Heimtali_vallavalitsus, lk 75
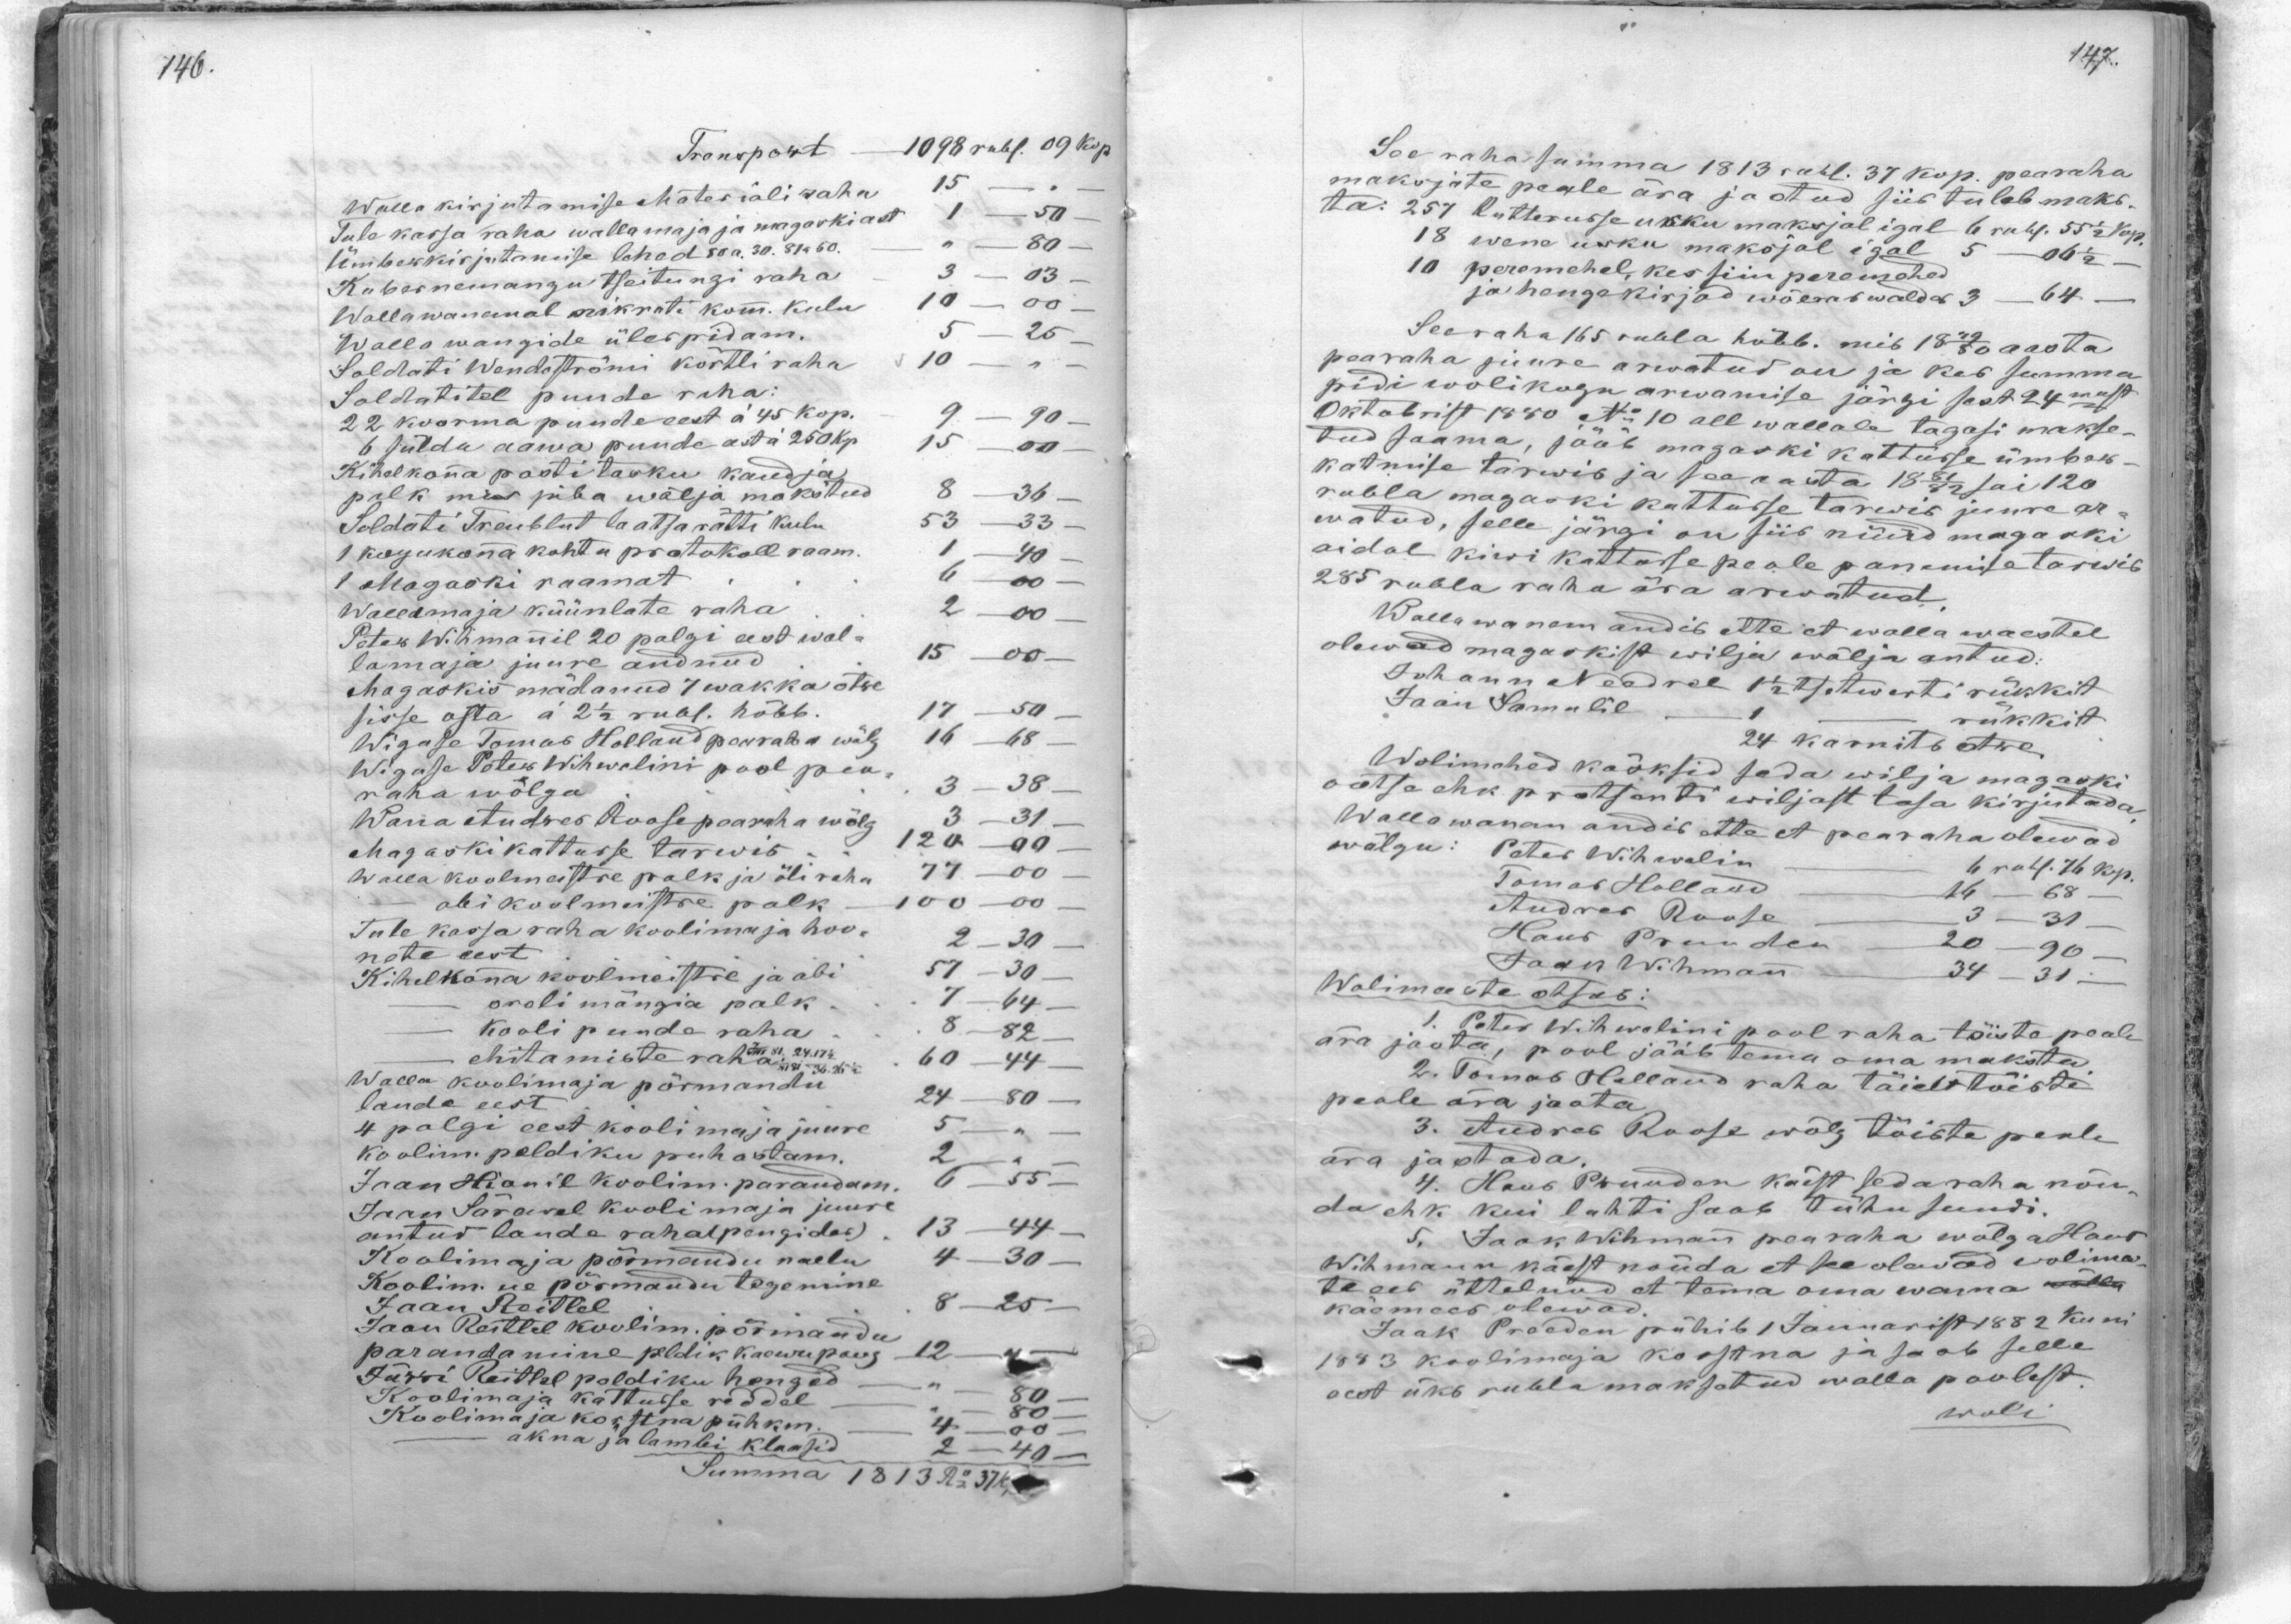
Transport - 1098 rubl. 09 kop.
Walla kirjutamise Materjali raha 15
Tule kassa raha wallamaja ja magarkiast 1 - 50
Ümbewkirjutamise lehed 50 a. 30. 81a 50. - " - 80
Kubernemangu tseitungi raha 3 - 03-
Wallawanemal rikrete kom. Kulu 10 - 00-
Walla wangide ülespidam. 5 - 25
Soldati Wendeströni kortli raha 10 " -
Soldatitel puude raha:
22 koorma puude eest á 45 kop. - 9 - 90 -
6 sülda aawa puude astu 250 kop 15 - 00-
Kihelkona posti tasku kandja
palk mis juba wälja makstud 8 - 36 -
Soldati Treublut laatsaratti kulu 53 - 33
1 kogukona kohtu pratukoll saam. 1 - 40
1 Magaski raamat  - 6 - 00
Wallamaja küünlate raha 2 -00
Peter Wihmanil 20 palgi eest wol-
lamaja juure andnud. 15 -00
Magaskis mädanud 7 wakka otse
sisse osta á 2 1/2 rubl. hõbb. 17 - 50
Wigase Tomas Holland pearaha wõlg 16 -68
Wigase Peter Wihwelini pool pea-
raha wõlga 3-38
Wana Andres Roosi pearaha wõlg 3 - 31 -
Magaski kattusse tarwis  120-00
Walla koolmeistre palk ja õliraha 77 -00
abi koolmeistre palk - 100 -00
Tule kassa raha koolimaja hoo- 2 30
nate eest
Kihelkona koolmeistre ja abi 57-30
oreli mängia palk. 7 - 44
Kooli puude raha. 8 - 82
ehitamiste raha:  60 - 44
Walla koolimaja põrmandu 24-80
lauda eest
4 palgi eest koolimaja juure 5
koolim. peldiku puhastam. 2
Jaan Hionil koolim. parandam. 6 - 55
Jaan Särawel koolimaja juure
antud laude raha (pengides), 13 - 44-
Koolimaja põrmandu naelu 4-30
Koolim. ue põrmandu tegemine
Jaan Reitlel 8 - 25
Jaan Reitlel koolim. põrmandu
parandamine pedik kaewupang 12
Jürri Reitlel poldiku henged - " 80 -
Koolimaja kattusse reddel - " - 80 "
Koolimaja kostina pühkm. - 4 - 00
akna ja lambi klassid 2 - 40
Summa 1813 Rub 37 k.

See raha summa 1813 rubl. 37 kop. pearaha
maksjate peale ära jottud siis tuleb maks-
ta: 257 lutterusse usku maksjal igal 6 rubl. 55 1/2 kop.
18 wene usku maksjal igal 5 - 10 1/2
10 peremehel, kes siin peremehed
ja hengekirjad wõeraswaldas 3 - 64-
See raha 165 rubla hõbb. mis 1879/80 aasta
pearaha juure arwatud on ja kes summa
pidi wolikogu arwamise järgi sest 24mast
Oktobrist 1880 No: 10 all wallale tagasi makse-
tud saama, jääb magaski kattusse ümber-
katmise tarwis ja see aasta 1881/82 sai 120
rubla magaski kattusse tarwis juure ar-
watud, selle järgi on siis nüüd magaski
aidal kiwi kattusse peale panemise tarwis
285 rubla raha ära arvatud.
Wallawanem andib ette et walla waestel
olewad magaskist wilja wälja antud:
Johann Needrel 1 1/2 tsetwerti rükkit
Jaan Saamulil 1 rükkit
24 karnits otre
Wolimehed käsksid seda wilja magaski
ootse ehk protsanti wiljast tasa kirjutada
Wallawanam andis ette et pearaha olewad
wõlgu: Peter Wihwelin - 6 rubl. 76 kop.
Tomas Holland 16 -68 -
Andrei Roose 3-31
Hans Pruuden 20-90
Jaan Wihman - 34-31.
Wolimeste otsus:
1. Peter Wihwolini pool raha töiste peale
ära jaota, pool jääb tema oma maksta
2. Tomas Holland raha täiest töiste
peale ära jaota
3. Andres Roose wõlg töiste peale
ära jaotada.
4. Hans Pruuden käest seda raha nõu-
da ehk kui lahti saab tühu suuri.
5. Jaak Wihman pearaha wõlga Hans
Wihmann käest nõuda et see olevad wolima-
te eis üttelnud et tema oma wanna wõlla
käemees olewad.
Jaak Pruuden pühib 1 Januarist 1882 kuni
1883 koolimaja korstna ja saab selle
eest üks rubla maksatud walla poolest
woli.